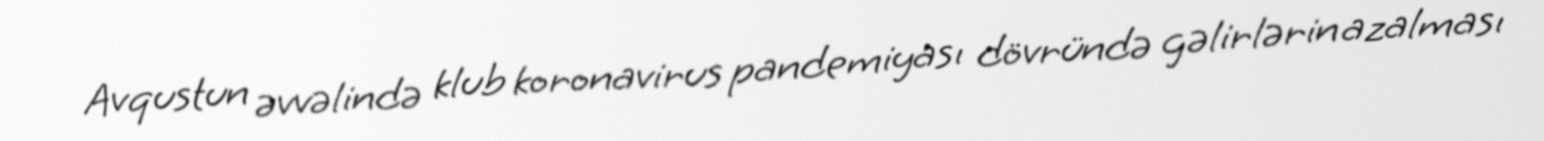
Avqustun əvvəlində klub koronavirus pandemiyası dövründə gəlirlərin azalması